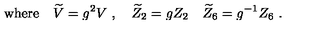
\mathrm { w h e r e } \quad { \widetilde V } = g ^ { 2 } V \ , \quad { \widetilde Z } _ { 2 } = g Z _ { 2 } \quad { \widetilde Z } _ { 6 } = g ^ { - 1 } Z _ { 6 } \ .